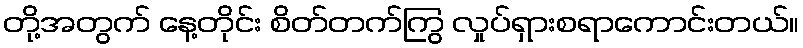
တို့အတွက် နေ့တိုင်း စိတ်တက်ကြွ လှုပ်ရှားစရာကောင်းတယ်။